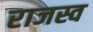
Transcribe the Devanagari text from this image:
राजस्व